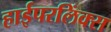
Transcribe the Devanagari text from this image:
हाईपरलिंक्स